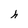
Character: h